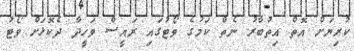
ކުރިޔަށް އޮތް އިތުބާރު ނެތް ކަމުގެ ވޯޓުގައި ރައީސް ވަހީދާ ދެކޮޅަށް ވޯޓު